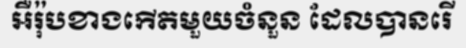
អឺរ៉ុបខាងកើតមួយចំនួន ដែលបានរើ